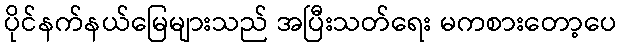
ပိုင်နက်နယ်မြေများသည် အပြီးသတ်ရေး မကစားတော့ပေ